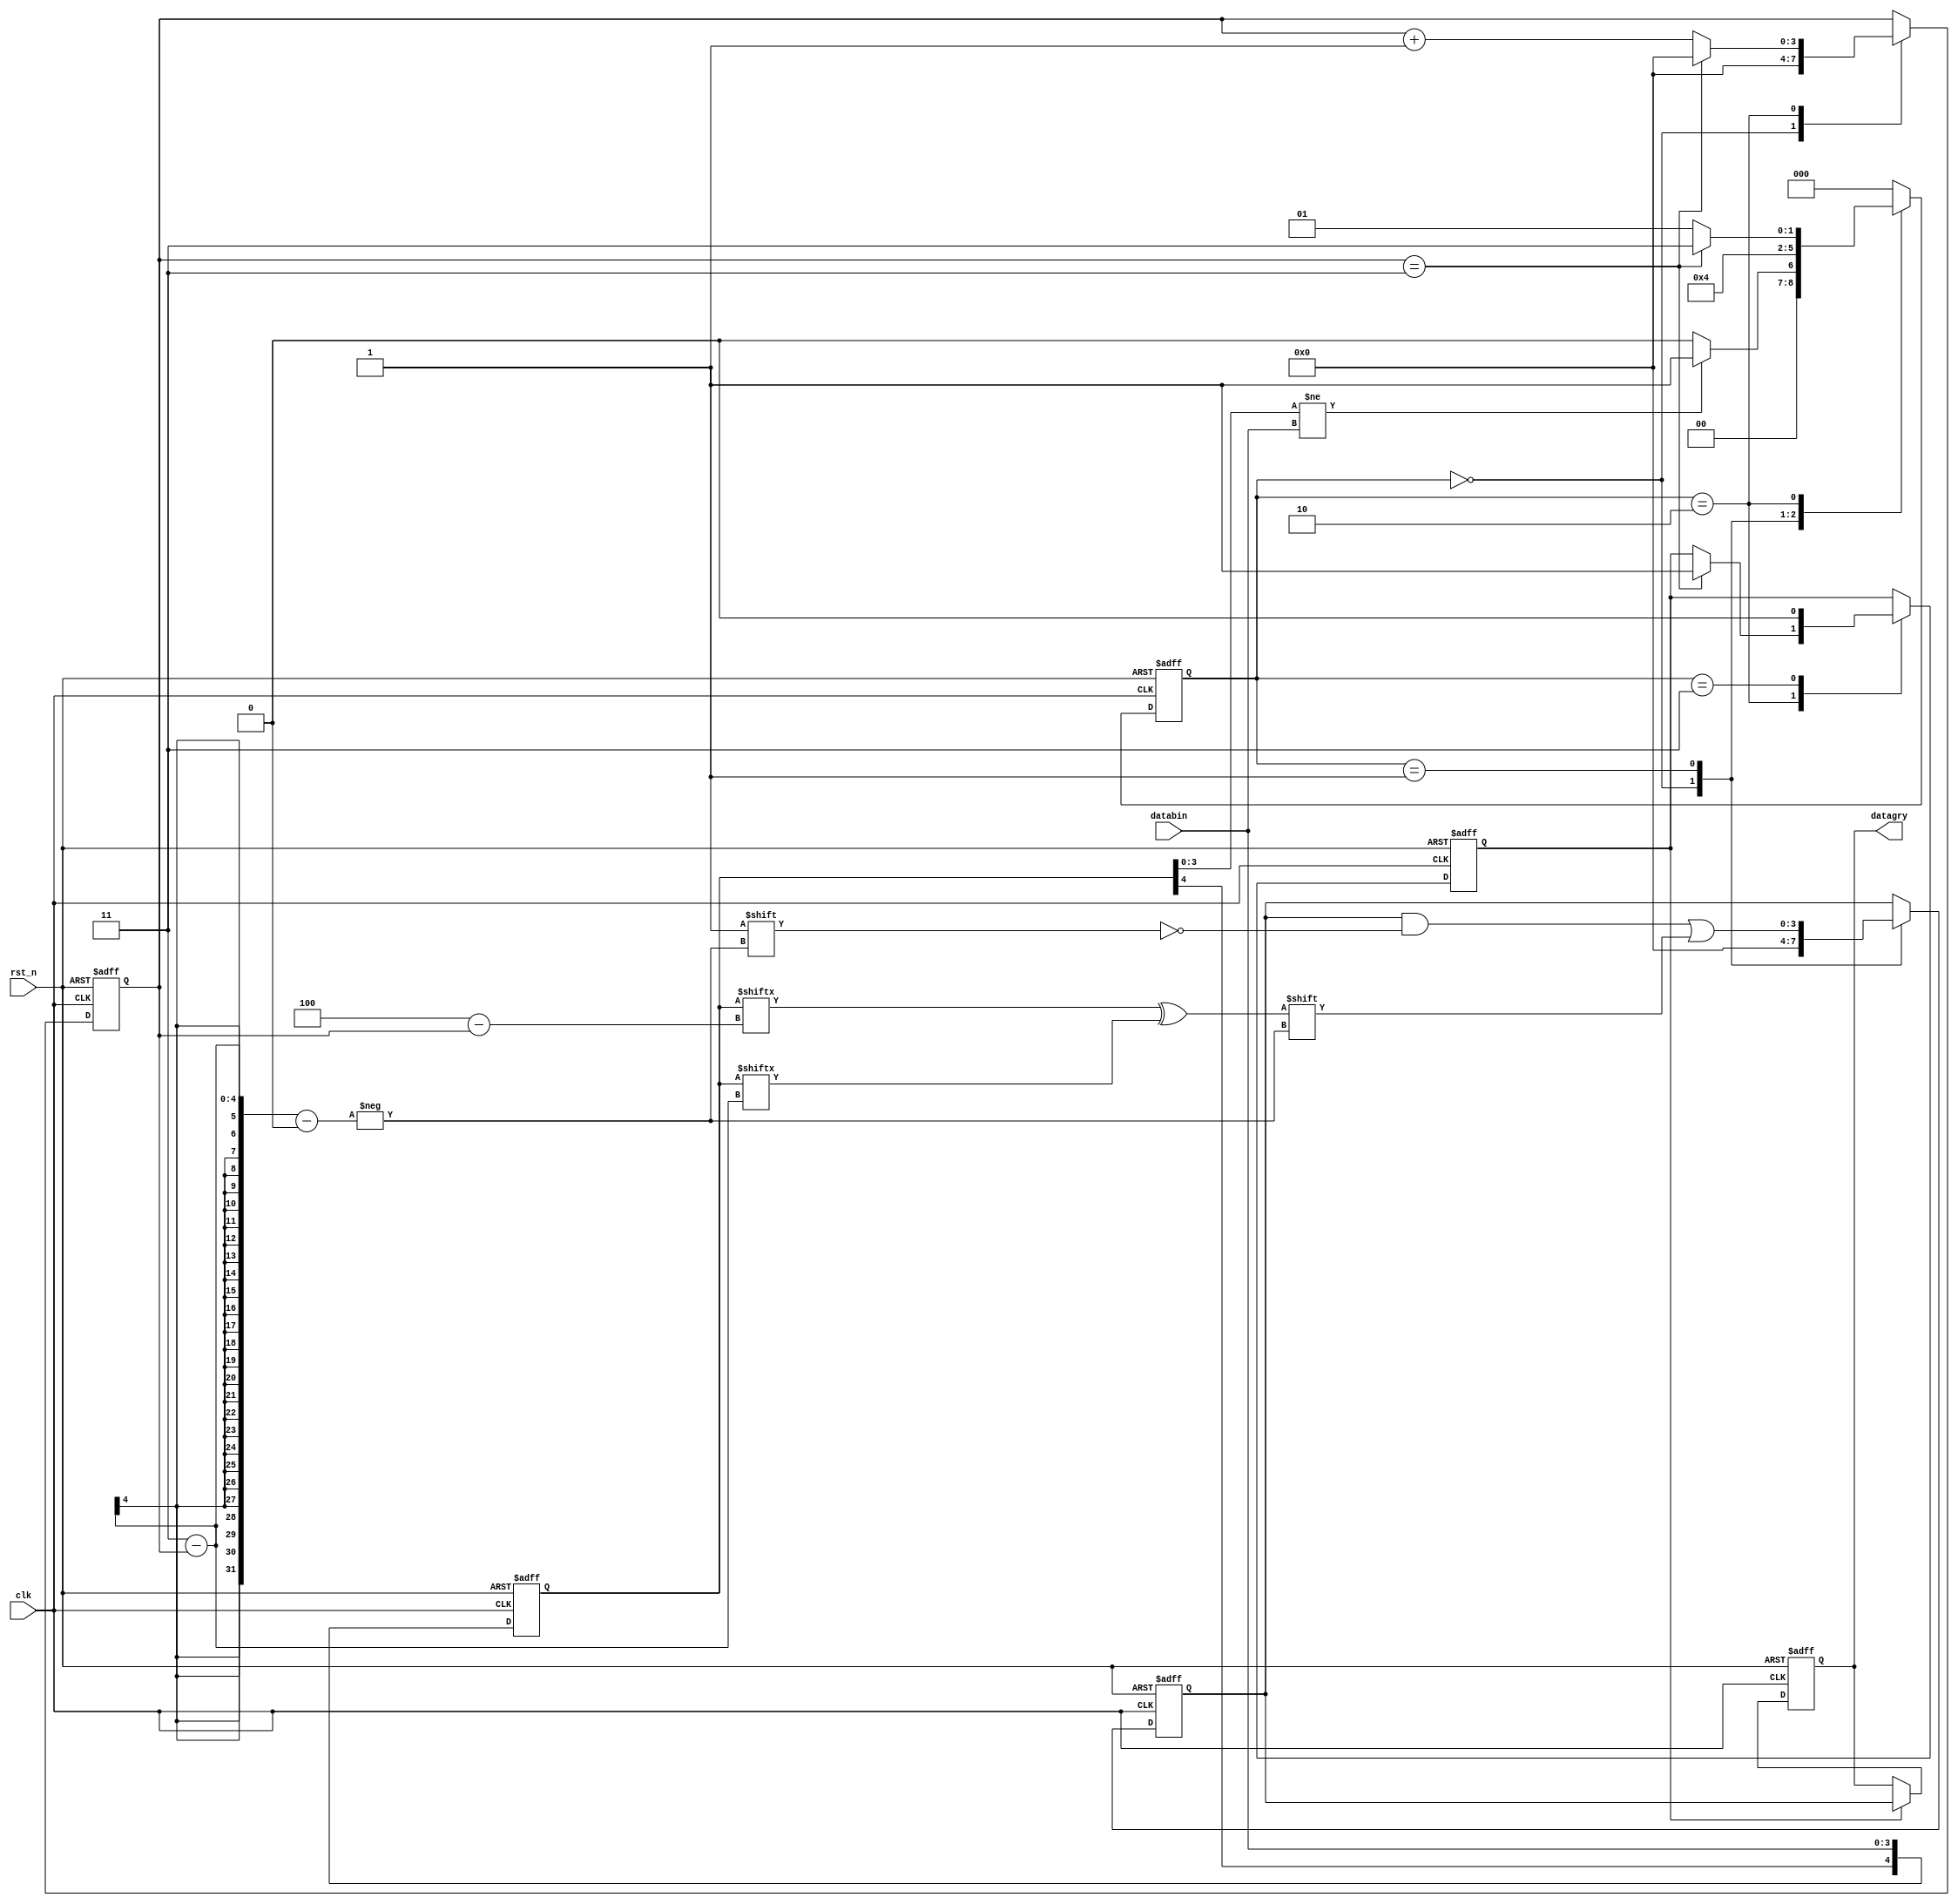
/********************************Copyright**************************************                           
**----------------------------File information--------------------------
** Funtions   :
** Operate on :M5C06N3L114C7
** Copyright  :All rights reserved. 
** Version    :V1.0
**---------------------------Modify the file information----------------
** Modified by   :
** Modified data :        
** Modify Content:
*******************************************************************************/
 
 module  bintogry  (
           clk,
           rst_n,
           
                     databin,
                     datagry
             );
    localparam width = 4;
 input          clk;
 input          rst_n;
 
 input  [width-1:0] databin;
 
 output [width-1:0] datagry;
 reg    [width-1:0] datagry;
 //----------------------
 reg   [width:0] databin_1;    /*  */
 always @(posedge clk or negedge rst_n)
 begin
  if(!rst_n)
   begin
     databin_1 <= 0;
    end
  else 
    begin
      databin_1[width-1:0] <= databin;   /*  */    
    end
  end
    
 //---------------------------
 reg   [2:0]    state;
 reg   [width-1:0] n;
 reg            switchover;
 reg   [width-1:0] datagry_1;
 always @(posedge clk or negedge rst_n)
 begin
  if(!rst_n)
   begin
     state <= 0;
         n <= 0;
         switchover <= 0;
         datagry_1 <= 'd0;
    end
  else 
    begin
     case(state) 
            'd0:
              begin
                     n <= 0;
                     datagry_1 <= 'd0;
                    if(databin_1[width-1:0]!= databin)    
                      state <= 'd1;
                    else 
                        state <= 'd0;
                end
            'd1:
                 begin
                     datagry_1[width-1-n] <= databin_1[width-n]^databin_1[width-1-n];  /*  */
                     state <= 'd2;    
                    end
            'd2:
              begin
                    if(n==(width-1))
                     begin
                         n <= 0;
                         state <= 'd3;
                         switchover <= 1;
                      end
                    else 
                        begin
                            n <= n + 1;
                          state <= 'd1;                                    
                        end
                    end
                'd3:
                  begin
                     switchover <= 0;     
                     state <= 'd0;
                    end
                default:state <= 'd0;
            endcase
    end
  end
    
    
always @(posedge clk or negedge rst_n)
 begin
   if(!rst_n)
     begin
      datagry <= 'd0;
      end
    else if(switchover) datagry <= datagry_1;
    else datagry <= datagry;
  end    
 
endmodule